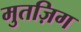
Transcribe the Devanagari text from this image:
मुतज़िग